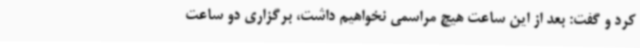
کرد و گفت: بعد از این ساعت هیچ مراسمی نخواهیم داشت، برگزاری دو ساعت